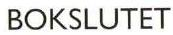
BOKSLUTET